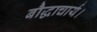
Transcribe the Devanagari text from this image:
बौद्धाचार्य।